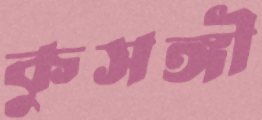
কুসঙ্গী